Civil Veterinary Department. Central Provinces & Berar 1925-31 - 1925-1931
Year: 1925
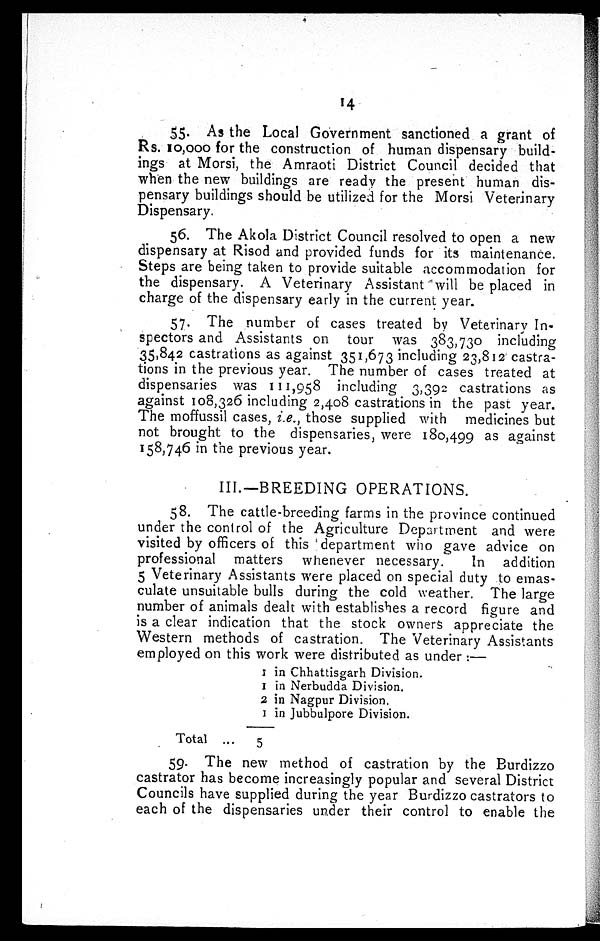
14
55. As the Local Government sanctioned a grant of
Rs. 10,000 for the construction of human dispensary build-
ings at Morsi, the Amraoti District Council decided that
when the new buildings are ready the present human dis-
pensary buildings should be utilized for the Morsi Veterinary
Dispensary.
56. The Akola District Council resolved to open a new
dispensary at Risod and provided funds for its maintenance.
Steps are being taken to provide suitable accommodation for
the dispensary. A Veterinary Assistant will be placed in
charge of the dispensary early in the current year.
57. The number of cases treated by Veterinary In-
spectors and Assistants on tour was 383,730 including
35,842 castrations as against 351,673 including 23,812 castra-
tions in the previous year. The number of cases treated at
dispensaries was 111,958 including 3,392 castrations as
against 108,326 including 2,408 castrations in the past year.
The moffussil cases, i.e., those supplied with medicines but
not brought to the dispensaries, were 180,499 as against
158,746 in the previous year.
III.—BREEDING OPERATIONS.
58. The cattle-breeding farms in the province continued
under the control of the Agriculture Department and were
visited by officers of this department who gave advice on
professional matters whenever necessary.
In addition
5 Veterinary Assistants were placed on special duty to emas-
culate unsuitable bulls during the cold weather. The large
number of animals dealt with establishes a record figure and
is a clear indication that the stock owners appreciate the
Western methods of castration. The Veterinary Assistants
employed on this work were distributed as under:—
Total ...
1 in Chhattisgarh Division.
1 in Nerbudda Division.
2 in Nagpur Division.
1 in Jubbulpore Division.
5
59. The new method of castration by the Burdizzo
castrator has become increasingly popular and several District
Councils have supplied during the year Burdizzo castrators to
each of the dispensaries under their control to enable the